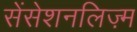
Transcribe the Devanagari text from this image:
सेंसेशनलिज़्म